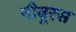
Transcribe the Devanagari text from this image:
नीबूरस